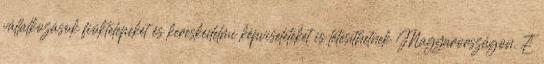
vállalkozások fióktelepeket és kereskedelmi képviseleteket is létesíthetnek Magyarországon. E